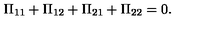
\Pi _ { 1 1 } + \Pi _ { 1 2 } + \Pi _ { 2 1 } + \Pi _ { 2 2 } = 0 .